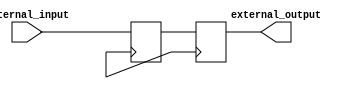
module IO_Block (
    input wire internal_input,
    output reg external_output
);

reg internal_input_reg;
wire TTL_output;

// Input Register for synchronization
always @(posedge clk) begin
    internal_input_reg <= internal_input;
end

// Output Register for synchronization
always @(posedge clk) begin
    external_output <= TTL_output;
end

// TTL Buffer logic for level shifting and signal conditioning
assign TTL_output = internal_input_reg;

endmodule